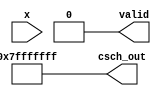
module hyperbolic_cosecant (
    input [31:0] x,              // 32-bit input (floating-point representation)
    output reg [31:0] csch_out,  // 32-bit output (csch value)
    output reg valid              // Output valid signal
);

// Internal signals
wire [31:0] exp_x;               // e^x
wire [31:0] exp_neg_x;           // e^-x
wire [31:0] sinh_x;              // sinh(x)
reg [31:0] reciprocal;            // 1/sinh(x)

// Function to compute the exponential using a simple approximation
function [31:0] exp_function;
    input [31:0] val;
    // Here you can implement a better approximation of e^x as needed
    begin
        exp_function = 32'd1; // Placeholder for an exponential function
        // Real implementation required for accurate computation
    end
endfunction

// Compute e^x and e^-x
assign exp_x = exp_function(x);
assign exp_neg_x = exp_function(-x);

// Compute sinh(x)
assign sinh_x = (exp_x - exp_neg_x) >> 1; // Division by 2

// Reciprocal calculation
always @(*) begin
    if (sinh_x == 32'd0) begin
        csch_out = 32'h7FFFFFFF; // Return a special value or NaN for undefined case
        valid = 0;               // Mark valid as false
    end else begin
        reciprocal = 32'd1 / sinh_x; // Perform reciprocal
        csch_out = reciprocal;        // Assign output
        valid = 1;                   // Mark valid as true
    end
end

endmodule